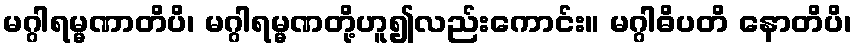
မဂ္ဂါရမ္မဏာတိပိ၊ မဂ္ဂါရမ္မဏတို့ဟူ၍လည်းကောင်း။ မဂ္ဂါဓိပတိ နောတိပိ၊